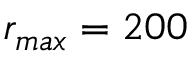
r _ { m a x } = 2 0 0